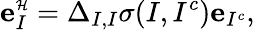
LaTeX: {\mathbf e}_{I}^{\scriptscriptstyle\mathcal{H}}=\Delta_{I,I}\sigma(I,I^{c}){\mathbf e}_{I^{c}},